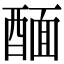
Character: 䤄